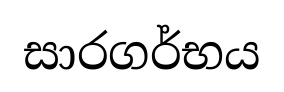
සාරගර්භය